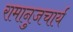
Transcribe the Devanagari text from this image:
रामानुजचार्य